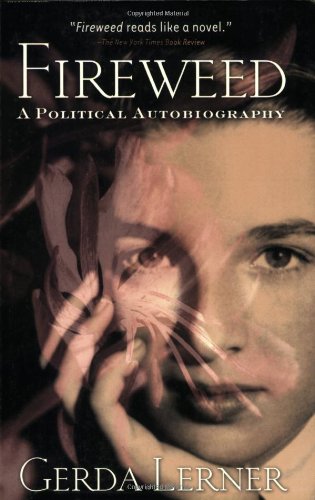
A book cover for Fireweed: A Political Autobiography; Gerda Lerner; Biographies & Memoirs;